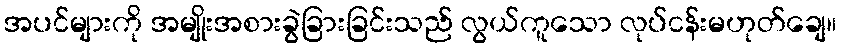
အပင်များကို အမျိုးအစားခွဲခြားခြင်းသည် လွယ်ကူသော လုပ်ငန်းမဟုတ်ချေ။